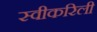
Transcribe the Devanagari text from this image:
स्वीकरिली